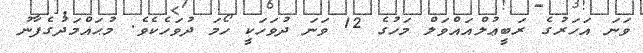
ވަނަ އަހަރުގެ ރަބީޢުލްއައްވަލް މަހުގެ 12 ވަނަ ދުވަހަކީ ހޯމަ ދުވަހެކެވެ. މުޙައްމަދުގެފާނު